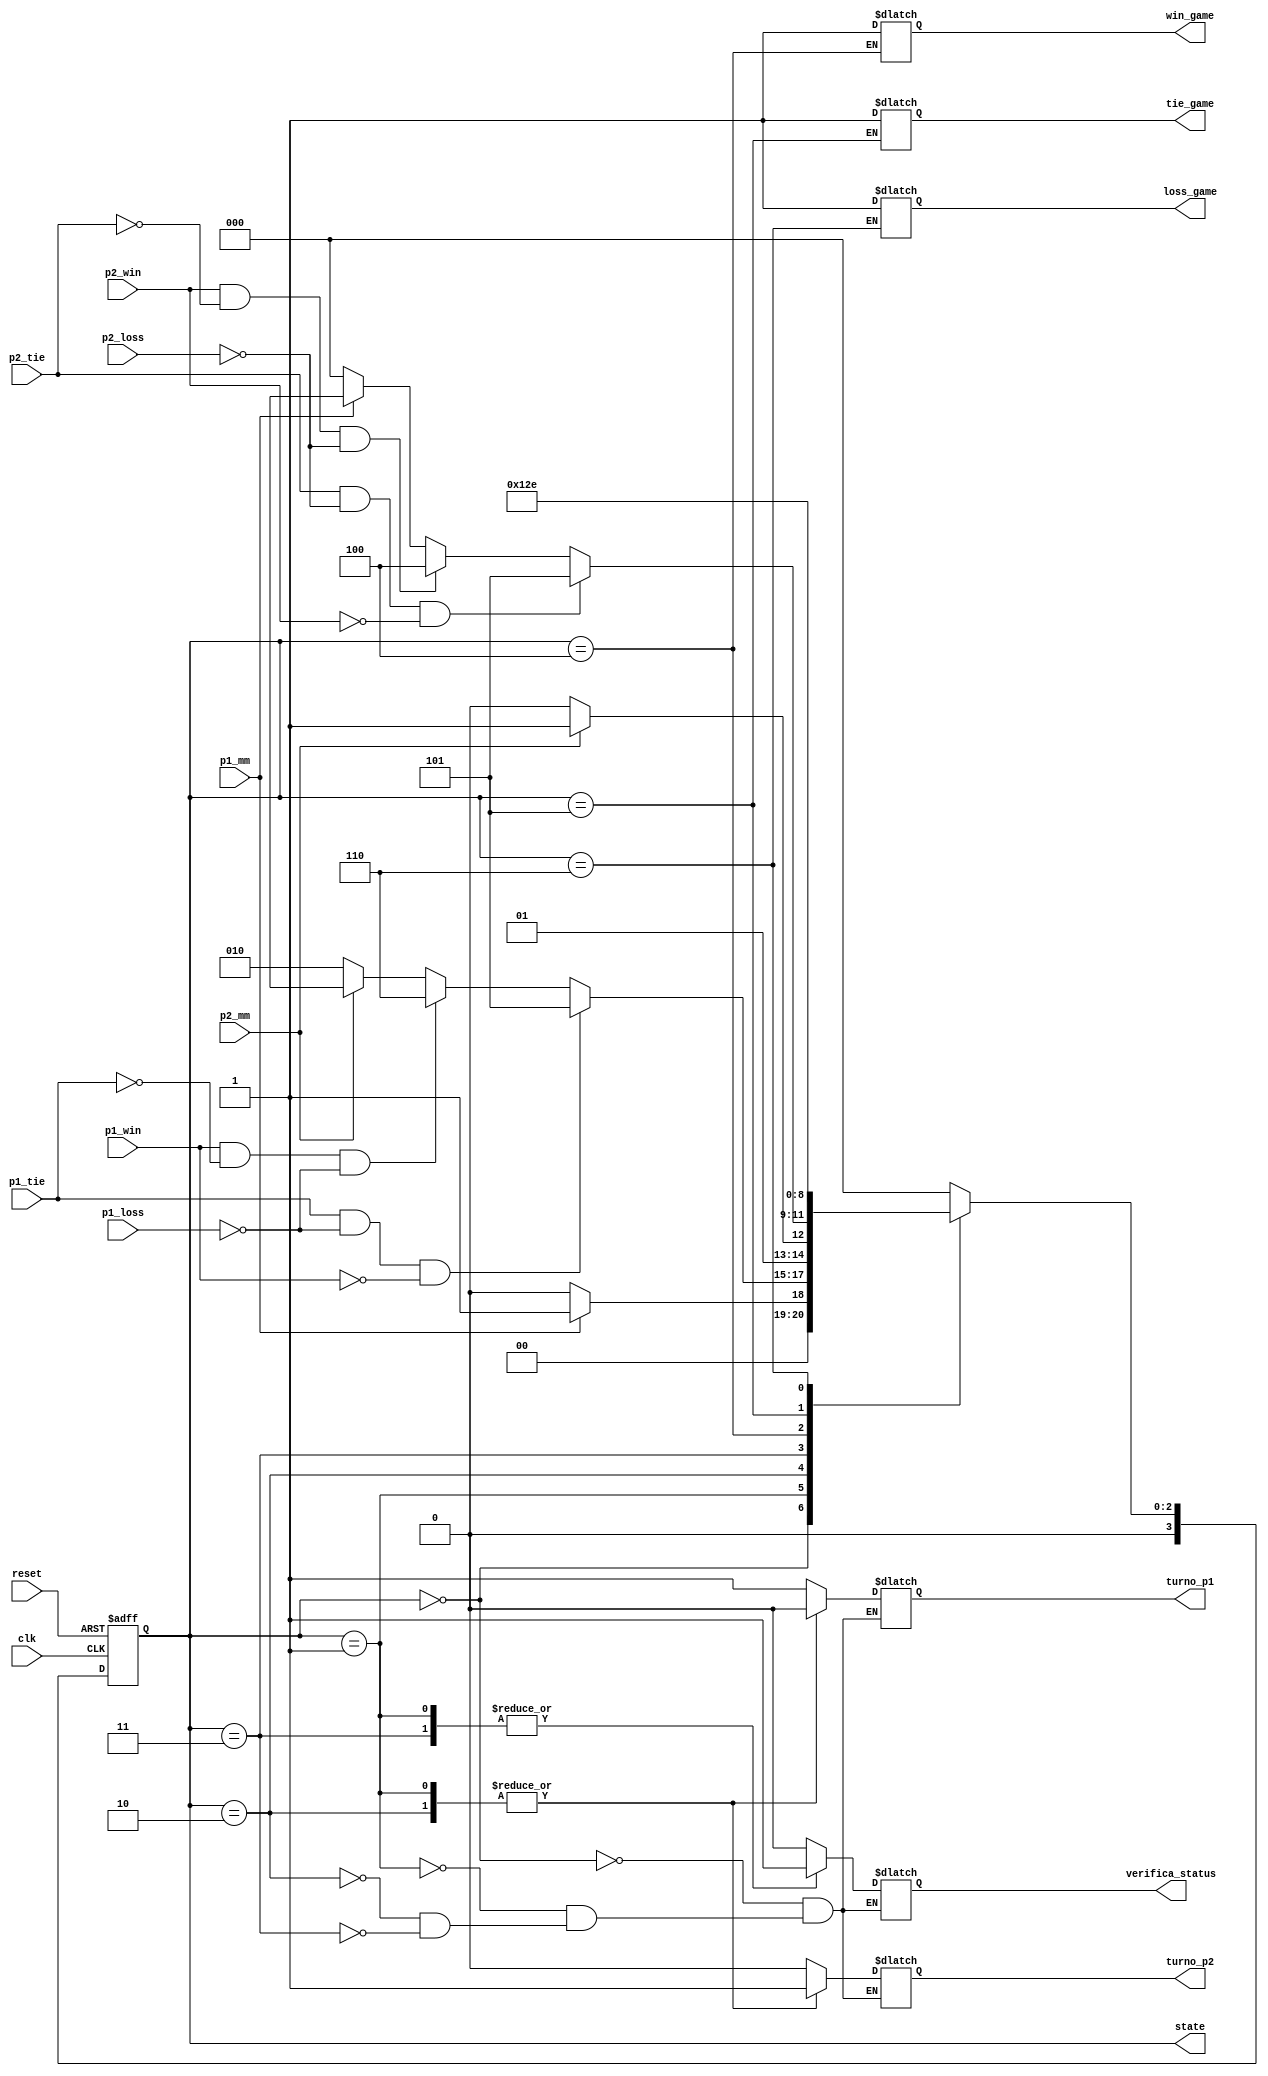
module Gato_FSM(
	clk,
	reset,
	state, 
	p1_mm,
	p2_mm,
	p1_tie, 
	p1_loss,
	p1_win,
	p2_tie, 
	p2_loss,
	p2_win,
	verifica_status,
	turno_p1,
	turno_p2,
	win_game,
	loss_game,
	tie_game
	);
	input clk, reset;
	input p1_mm, p2_mm;
	input p1_tie, p1_loss, p1_win, p2_tie, p2_loss, p2_win;
	output reg turno_p1, turno_p2;
	output reg verifica_status;
	output reg win_game, loss_game, tie_game;
	output [3:0] state;
	reg [3:0] state, nextState;
	parameter P1_Move = 0;
	parameter P1_Status = 1;
	parameter P2_Move = 2;
	parameter P2_Status = 3;
	parameter Win = 4;
	parameter Tie = 5;
	parameter Loss = 6;
	initial turno_p1 <= 1'b1;
	initial turno_p2 <= 1'b0;
	always @(posedge clk or posedge reset)
		begin
		if (reset)
			state <= P1_Move;
		else
			state <= nextState;
		end
	always @(state or p1_mm or p2_mm or p1_win or p1_loss or p1_tie or p2_win or p2_loss or p2_tie)
		begin
		nextState = 3'bxxx;
		case(state)
			P1_Move:
				begin
				verifica_status <= 1'b0;
				turno_p1 <= 1'b1;
				turno_p2 <= 1'b0;
				if (p1_mm == 1'b0)
					nextState = P1_Move;
				else if (p1_mm == 1'b1)
					nextState = P1_Status;
				end
			P1_Status:
				begin
				verifica_status <= 1'b1;
				turno_p1 <= 1'b0;
				turno_p2 <= 1'b1;
				if (p1_tie == 1'b1 & p1_loss == 1'b0 & p1_win == 1'b0)
					nextState = Tie;
				else if (p1_win == 1'b1 & p1_tie == 1'b0 & p1_loss == 1'b0)
					nextState = Loss;
				else if (p2_mm == 1'b0)
					nextState = P2_Move;
				end
			P2_Move:
				begin
				verifica_status <= 1'b0;
				turno_p1 <= 1'b0;
				turno_p2 <= 1'b1;
				if (p2_mm == 1'b0)
					nextState = P2_Move;
				else if (p2_mm == 1'b1)
					nextState = P2_Status;
				end
			P2_Status:
				begin
				verifica_status <= 1'b1;
				turno_p1 <= 1'b1;
				turno_p2 <= 1'b0;
				if (p2_tie == 1'b1 & p2_loss == 1'b0 & p2_win == 1'b0)
					nextState = Tie;
				else if (p2_win == 1'b1 & p2_tie == 1'b0 & p2_loss == 1'b0)
					nextState = Win;
				else if (p1_mm == 1'b0)
					nextState = P1_Move;
				end
			Win:
				begin
				win_game <= 1'b1;
				nextState = Win;
				end
			Tie:
				begin
				tie_game <= 1'b1;
				nextState = Tie;
				end
			Loss:
				begin
				loss_game <= 1'b1;
				nextState = Loss;
				end
			default: nextState = P1_Move;
		endcase
	end
endmodule